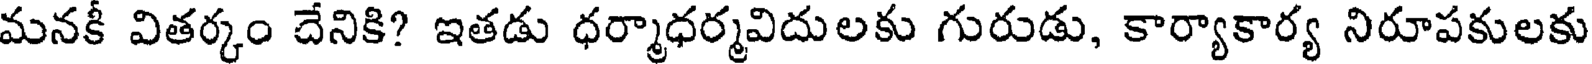
మనకీ వితర్కం దేనికి? ఇతడు ధర్మాధర్మవిదులకు గురుడు, కార్యాకార్య నిరూపకులకు